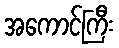
အကောင်ကြီး